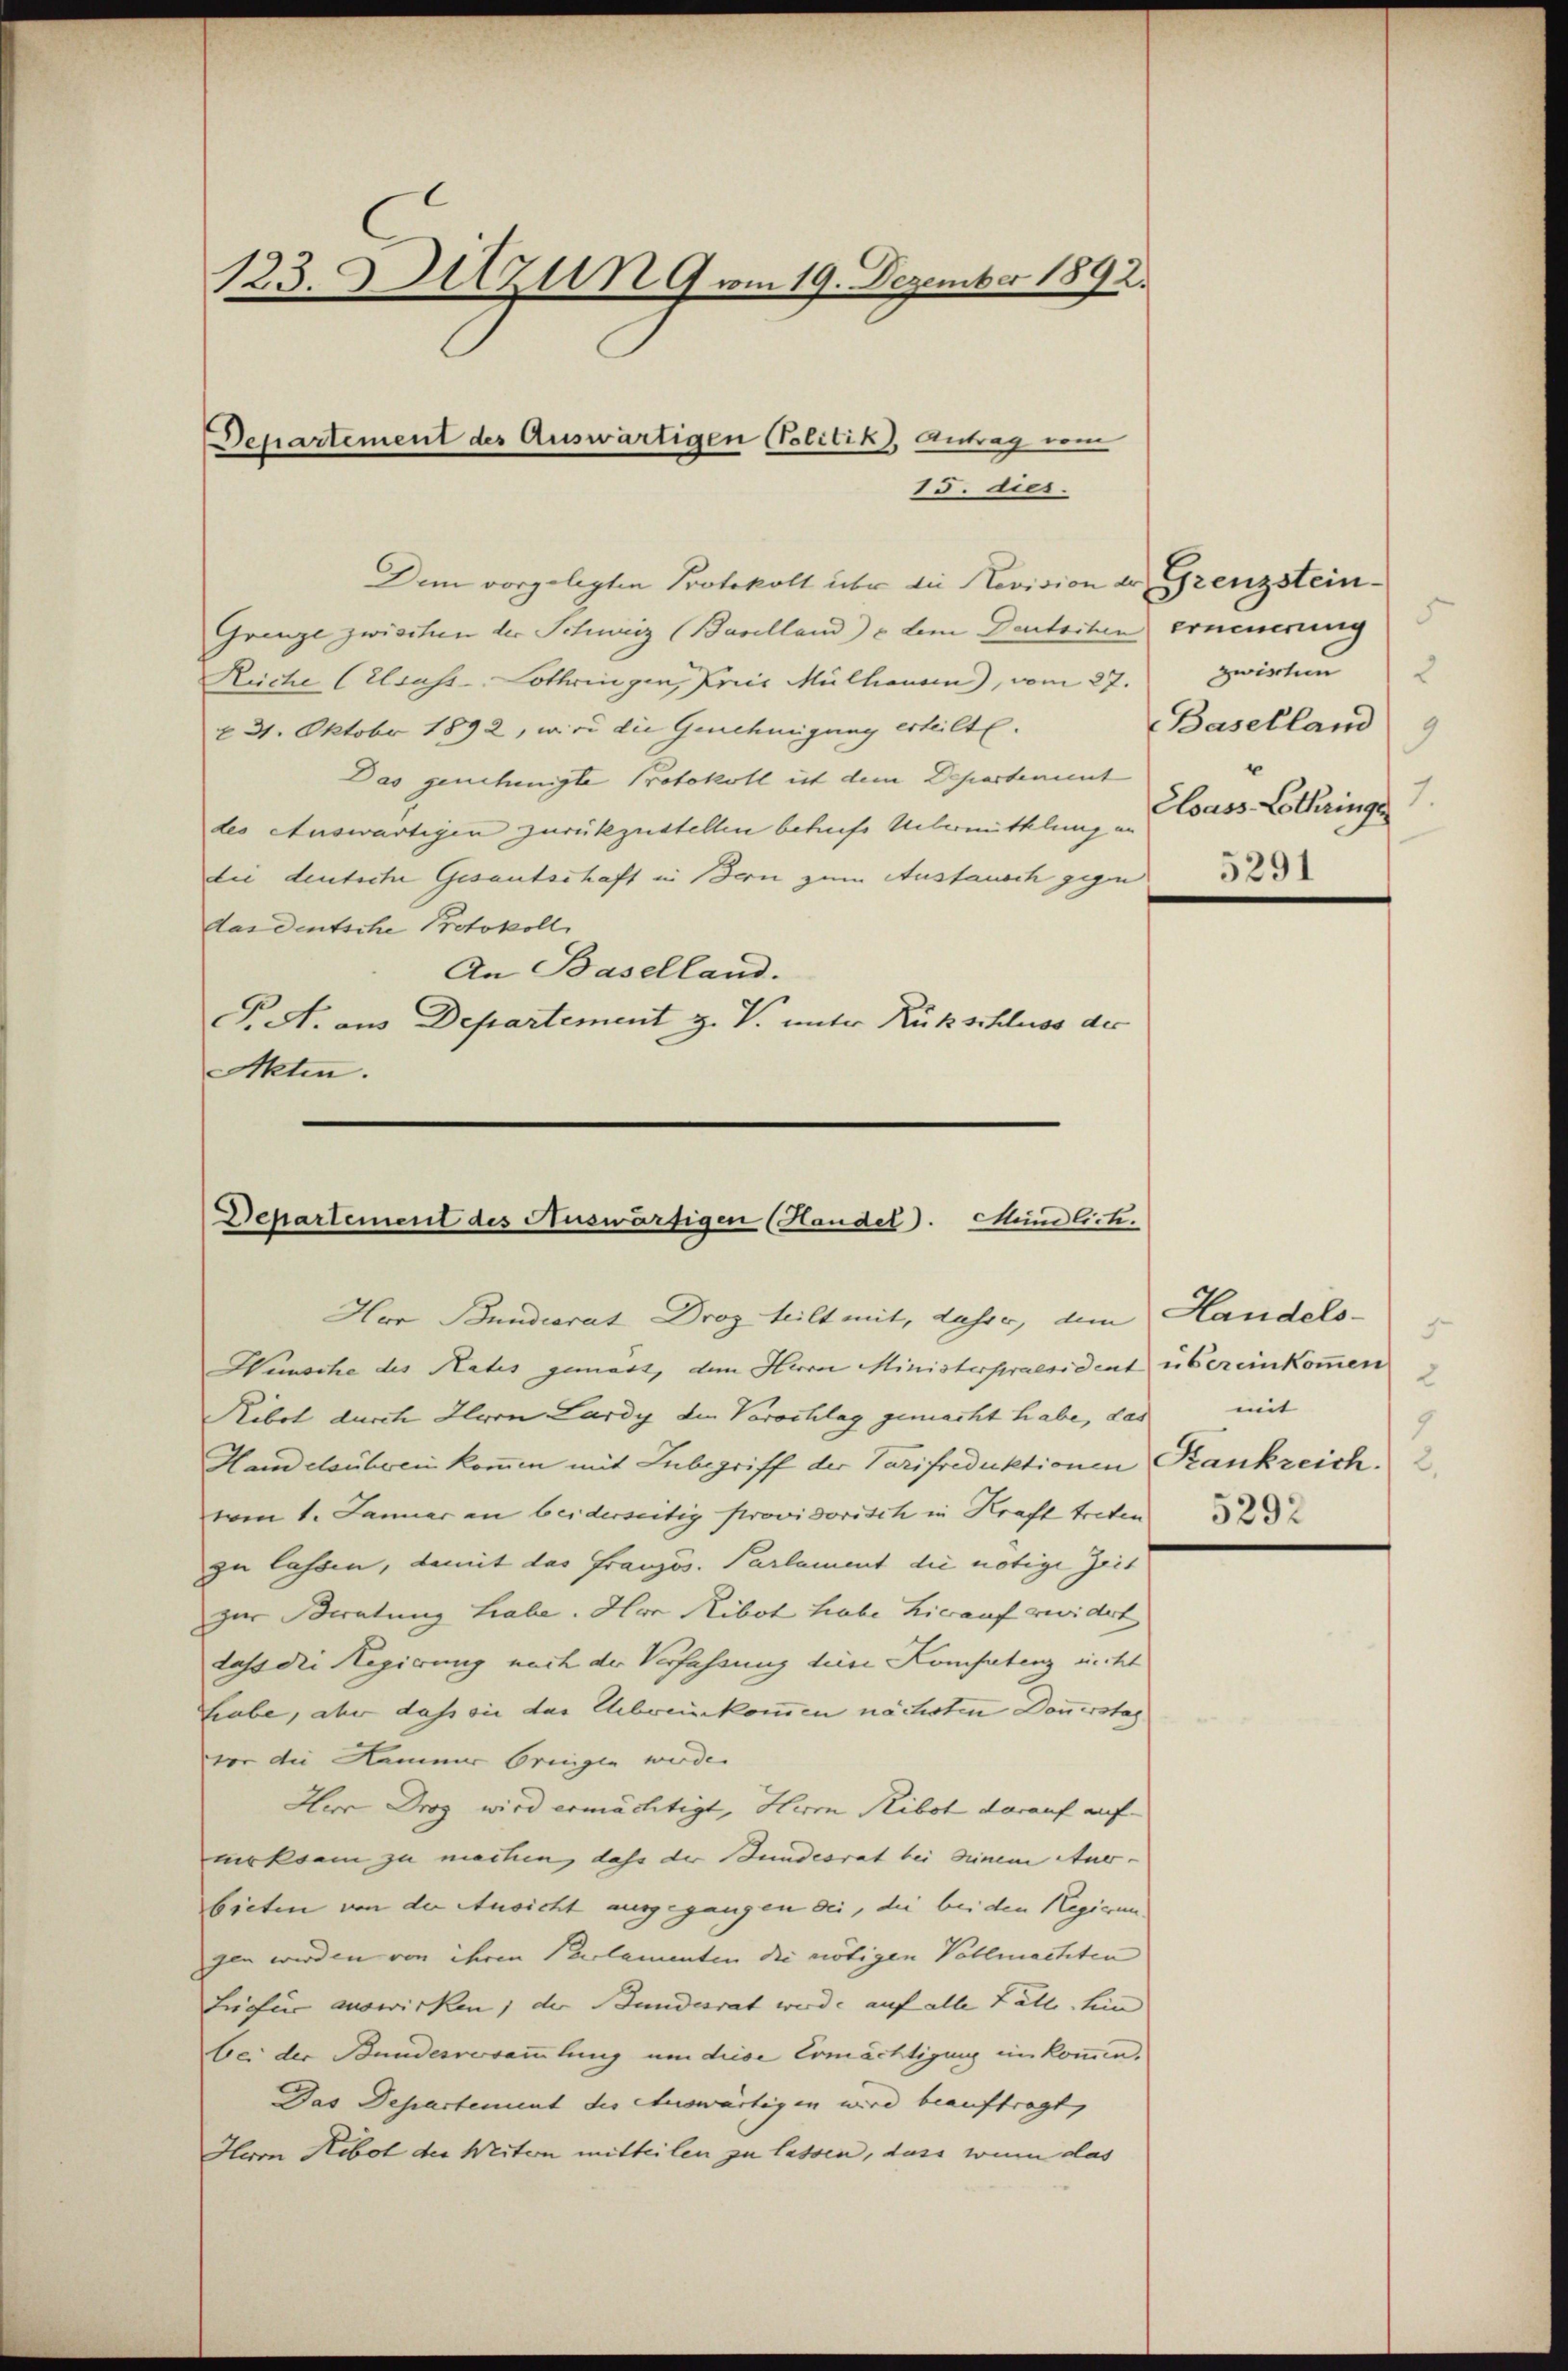
123. 3 zu 9 vom 19. Dezember 1892.

Departement des Auswärtigen (Politik), Antrag vom
15. dies

Dem vorgelegten Protokoll über die Revision der Grenzstein¬
Grenze zwischen der Schweiz (Baselland) c dem Deutschen erneuerung
Rüche (Elsass-Lothringen, Pries Mülhausen), vom 27. Zwischen 2
221. Oktobr 1892, wird die Genehmigung erteilte.
Das genehmigte Protokoll ist dem Departement
des Auswärtigen zurückzustellen betriese Unbemitklung an
die deutsche Gesantschaft in Bern zum Austausch gegen
das deutsche Protokoll
An Baselland.
P. A. aus Departement z. V. unter Rückschluss der
Akten.

Departement des Auswärtigen (Handel. Mündlich.
Hor Bundesrat Droz teilt mit, daher, dem Handels-

Wunsche des Rates gemäss, dem Herrn Ministerpraesident übereinkommen
Ribot durch Herrn Lardy den Verschlag gemacht habe, das mit
Handelsüberein kommen mit Lubegriff der Tarifreduktionen Rankzeich. 2.
wen 1. Januar an beiderseitig provisorisch in Kraft treten 23 x
zu lassen, damit das Französ. Parlament die nötige Zeit
zur Beratung habe. Hon Ribot habe hierauf erwidert
dass die Regierung nach der Verfassung diese Kompetenz recht
Labe, aber dass sie der Ehebreinkommen nächsten Donnerstag
vor die Hammer bringen wurde.
Herr Drog wird ermächtigt, Herrn Ribot darauf auf-
mrksam zu meitung daher der Bundesrat bei seinem Aner-
bieten von der Ausicht ausgegangen sei, die bei den Regierungen werden von ihren Parlamenten die nötigen Vollmachten
Liefe auswirken, der Bundesrat wurde auf alle Fälle sein
bei der Bundesversammlung um diese Ermächtigung einkommen.
Das Departement der Auswärtigen wird beauftragt,
Herrn Hebot der Weiten mitteilen zu lassen, dass wenn das

Baselland
9
Elsass Lothringe

.
1